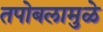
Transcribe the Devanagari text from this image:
तपोबलामुळे